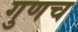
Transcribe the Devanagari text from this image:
गुणच